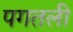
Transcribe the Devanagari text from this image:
पगतली